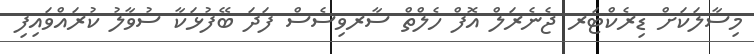
މިސާލަކަށް ޑިރެކްޓަރ ޖެނެރަލް އޮފް ހެލްތް ސާރވިސެސް ފަދަ ބޭފުޅަކާ ސުވާލު ކުރައްވައިފި